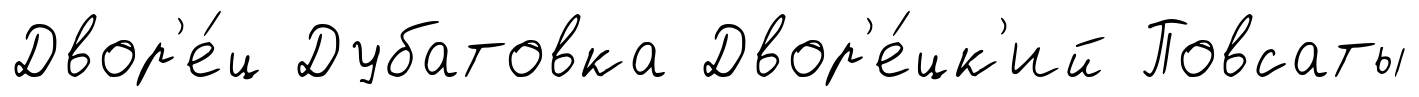
Двор'е́ц Дубатовка Двор'е́цк'ий Повсаты